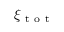
\xi _ { \mathrm { ~ t ~ o ~ t ~ } }